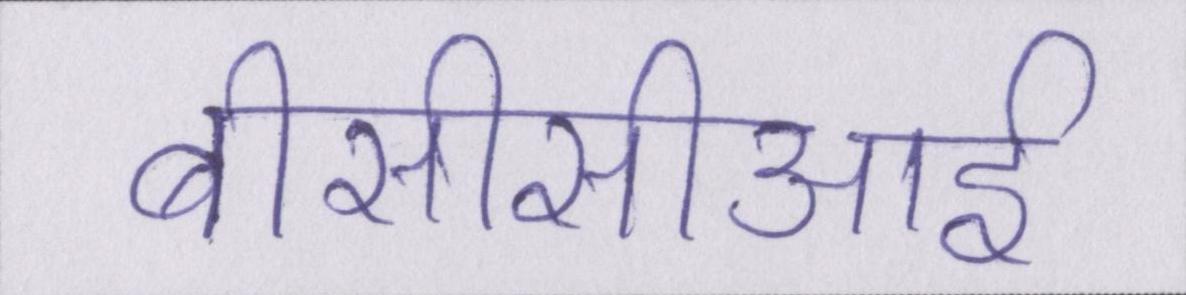
बीसीसीआई